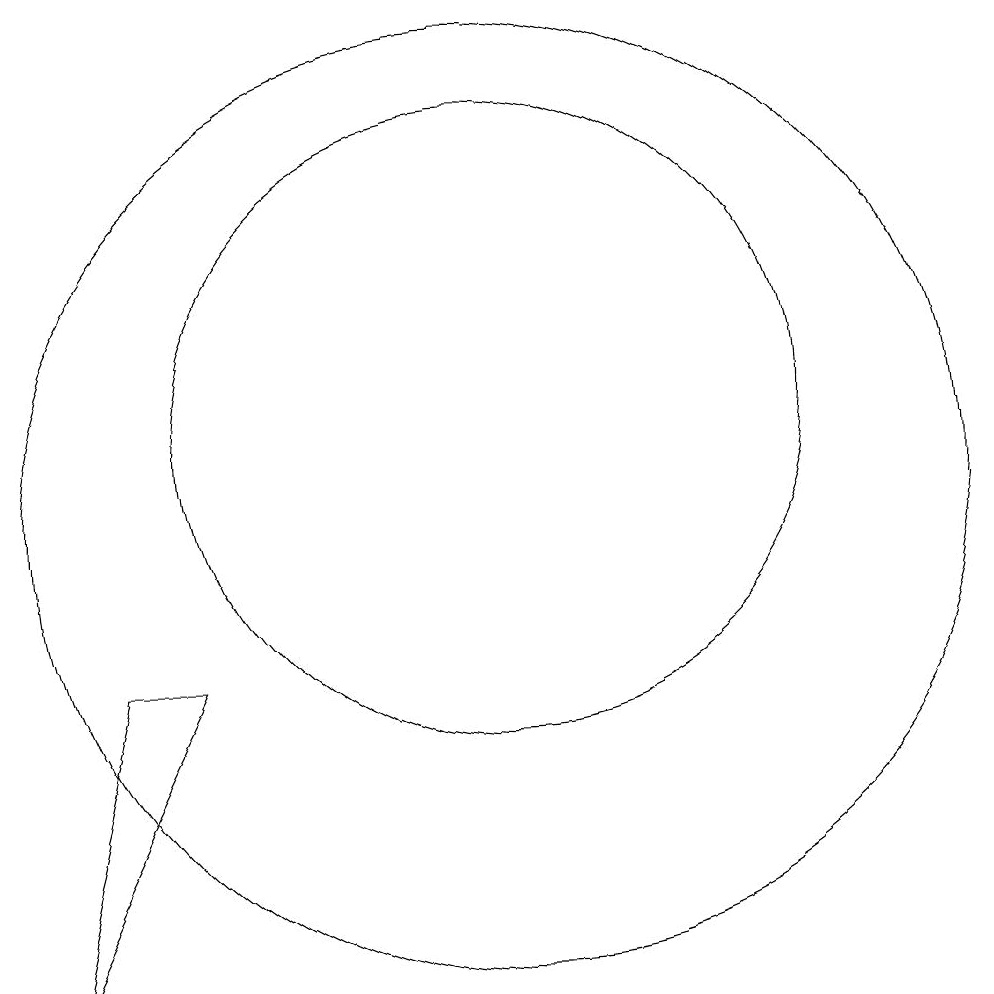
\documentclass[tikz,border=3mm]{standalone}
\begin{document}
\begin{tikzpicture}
\draw (10,12) circle (4);
\draw (10,11) circle (6);
\draw (6,9) -- (4,5) -- (5,9) -- cycle;
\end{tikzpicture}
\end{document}